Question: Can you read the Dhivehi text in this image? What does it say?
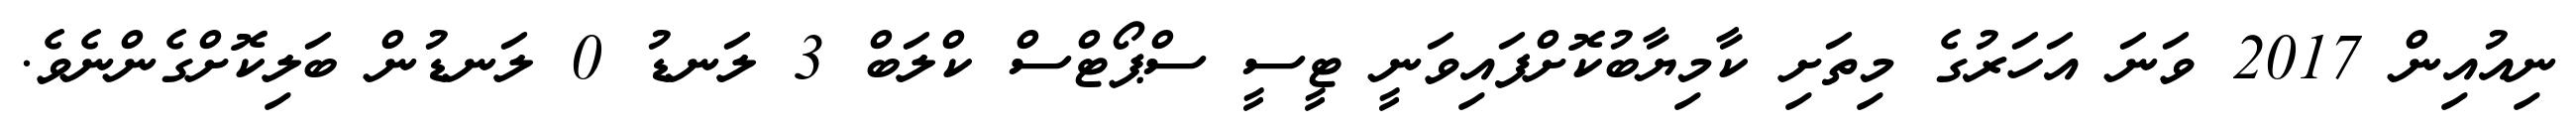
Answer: ނިއުއިން 2017 ވަނަ އަހަރުގެ މިތަށި ކާމިޔާބުކޮށްފައިވަނީ ޓީސީ ސްޕޯޓްސް ކްލަބް 3 ލަނޑު 0 ލަނޑުން ބަލިކޮށްގެންނެވެ.